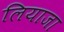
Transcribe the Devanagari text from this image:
लियाजा